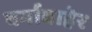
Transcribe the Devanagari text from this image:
वर्गाबाहेर